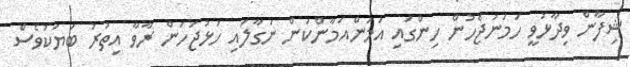
ޝިފާން ވިދާޅުވީ ހަމަނުޖެހުން ހިންގައި އަމަންއަމާންކަން ނަގާލައި ހުޅުޖަހަން ރާވާ އިތުރު ބަޔަކުވެސް